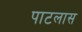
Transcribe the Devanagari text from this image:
पाटलास